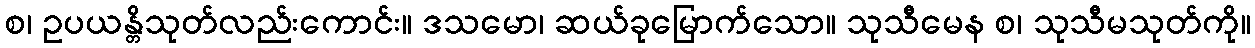
စ၊ ဥပယန္တိသုတ်လည်းကောင်း။ ဒသမော၊ ဆယ်ခုမြောက်သော။ သုသီမေန စ၊ သုသီမသုတ်ကို။